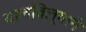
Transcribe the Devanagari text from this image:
चालविल्याने